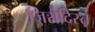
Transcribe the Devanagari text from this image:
जिरोदिस्त